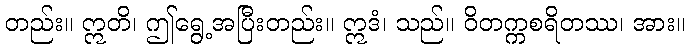
တည်း။ ဣတိ၊ ဤရွေ့အပြီးတည်း။ ဣဒံ၊ သည်။ ဝိတက္ကစရိတဿ၊ အား။